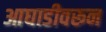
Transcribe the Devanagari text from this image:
आघाडीवरून